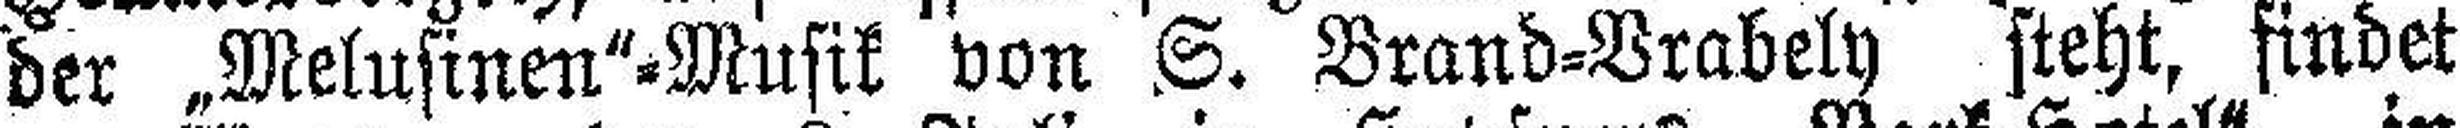
der „Melusinen“=Musik von S. Brand=Vrabely steht, findet